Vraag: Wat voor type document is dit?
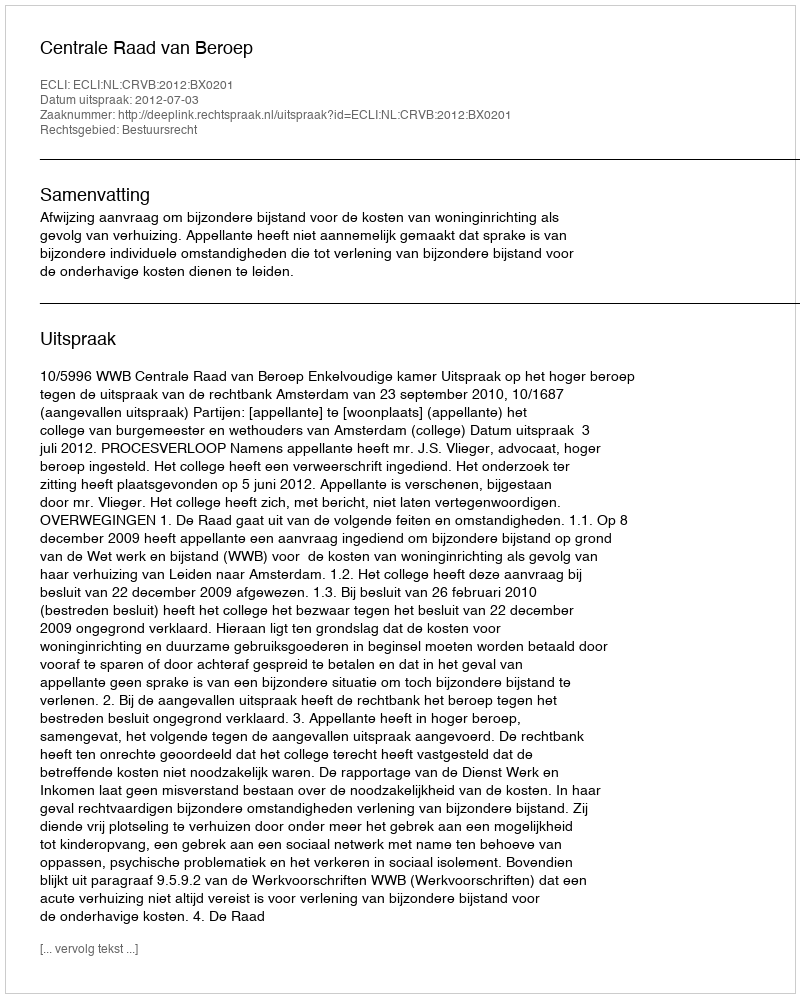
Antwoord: Uitspraak